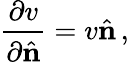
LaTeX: \frac{\partial v}{\partial\hat{\mathbf n}}=v\hat{\mathbf n}\, ,